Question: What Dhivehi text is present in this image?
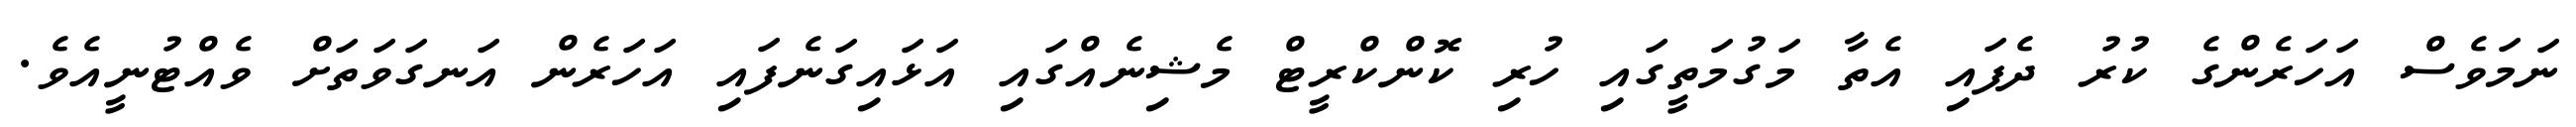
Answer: ނަމަވެސް އަހަރެންގެ ކުރު ދެފައި އެތާ މަގުމަތީގައި ހުރި ކޮންކްރީޓް މެޝިނެއްގައި އަޅައިގަނެފައި އަހަރެން އަނގަވަތަށް ވެއްޓުނީއެވެ.